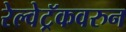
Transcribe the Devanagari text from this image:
रेल्वेट्रॅकवरुन